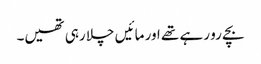
بچے رو رہے تھے اور مائیں چلا رہی تھیں۔